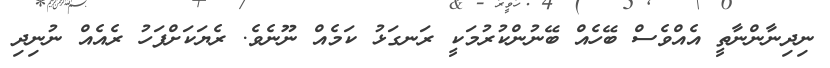
ނިދިނާންނާތީ އެއްވެސް ބޭހެއް ބޭނުންކުރުމަކީ ރަނގަޅު ކަމެއް ނޫނެވެ. ރެޔަކަށްފަހު ރެއެއް ނުނިދި